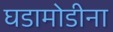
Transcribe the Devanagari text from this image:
घडामोडीना